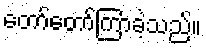
တော်တော်ကြာခဲ့သည်။